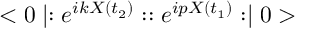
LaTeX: < 0 \mid : e ^ { i k X ( t _ { 2 } ) } : : e ^ { i p X ( t _ { 1 } ) } : \mid 0 >